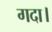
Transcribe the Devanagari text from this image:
गदा।